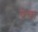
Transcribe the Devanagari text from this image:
वेचा